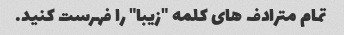
تمام مترادف های کلمه "زیبا" را فهرست کنید.